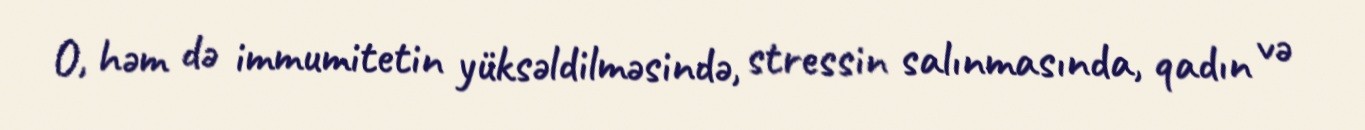
O, həm də immumitetin yüksəldilməsində, stressin salınmasında, qadın və